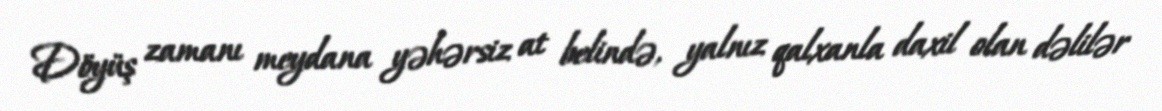
Döyüş zamanı meydana yəhərsiz at belində, yalnız qalxanla daxil olan dəlilər